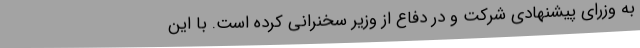
به وزرای پیشنهادی شرکت و در دفاع از وزیر سخنرانی کرده است. با این